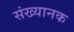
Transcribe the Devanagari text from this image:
संख्यानक